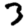
Digit: 3